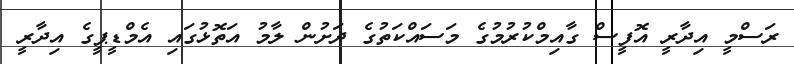
ރަސްމީ އިދާރީ އޮފީސް ގާއިމްކުރުމުގެ މަސައްކަތުގެ ދަށުން ލާމު އަތޮޅުގައި އެމްޑީޕީގެ އިދާރީ